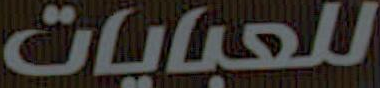
للعبايات